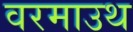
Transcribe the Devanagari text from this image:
वरमाउथ